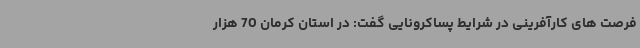
فرصت های کارآفرینی در شرایط پساکرونایی گفت: در استان کرمان 70 هزار